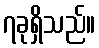
၇ခုရှိသည်။